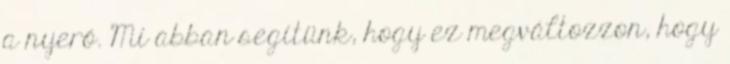
a nyerő. Mi abban segítünk, hogy ez megváltozzon, hogy